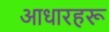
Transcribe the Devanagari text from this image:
आधारहरू